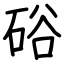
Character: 硲